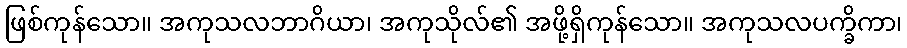
ဖြစ်ကုန်သော။ အကုသလဘာဂိယာ၊ အကုသိုလ်၏ အဖို့ရှိကုန်သော။ အကုသလပက္ခိကာ၊